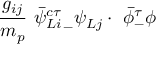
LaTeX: \frac { g _ { i j } } { m _ { p } } \ \bar { \psi } { ^ { c \tau } _ { L i } } _ { - } \psi _ { L j } \cdot \ \bar { \phi } _ { - } ^ { \tau } \phi